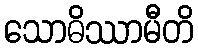
သောဓိဿာမီတိ